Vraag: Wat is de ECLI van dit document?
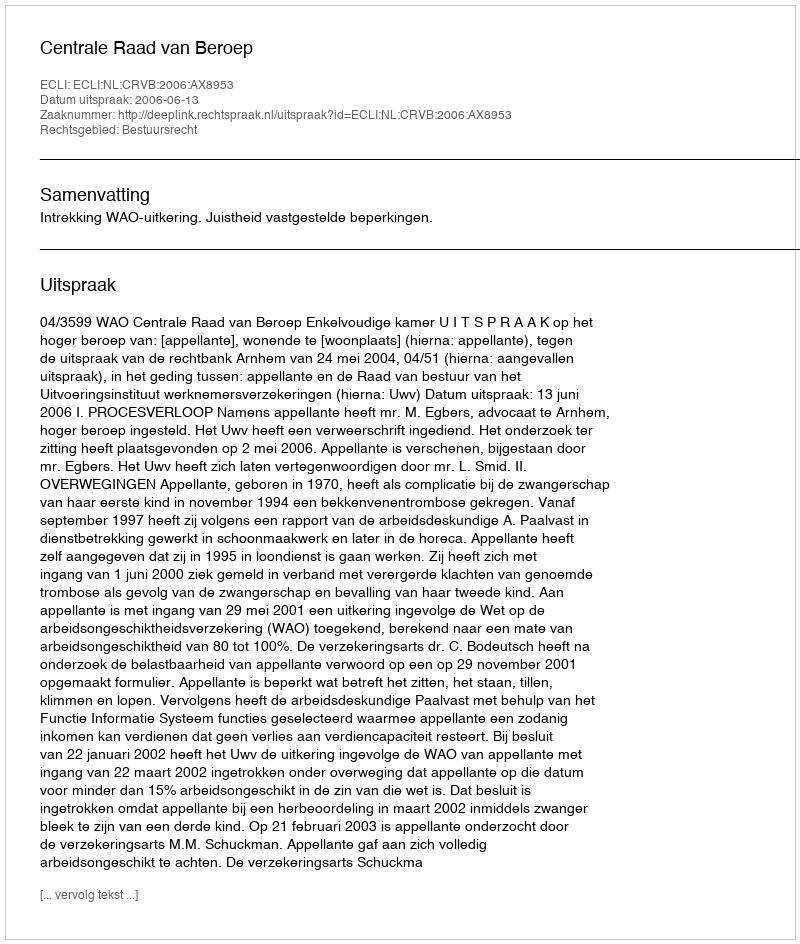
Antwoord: ECLI:NL:CRVB:2006:AX8953